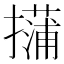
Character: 𱠿